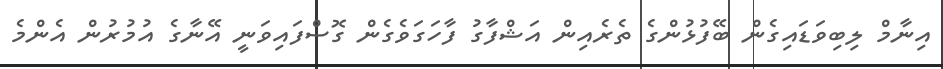
އިނާމް ލިބިވަޑައިގެން ބޭފުޅުންގެ ތެރެއިން އަޝްފާގު ފާހަގަވެގެން ގޮސްފައިވަނީ އޭނާގެ އުމުރުން އެންމެ